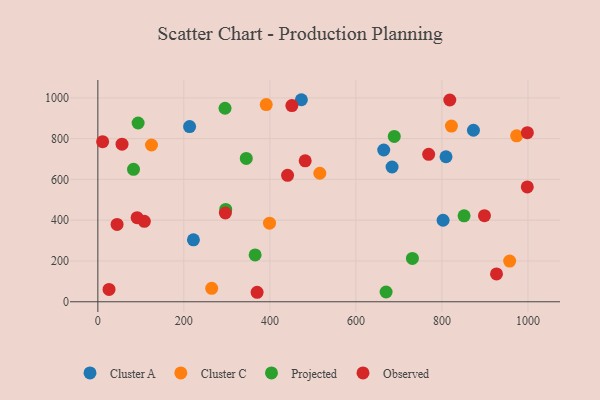
{"axis": {"x": "Engine Size", "y": "Fuel Efficiency"}, "legend": ["Cluster A", "Cluster C", "Observed", "Projected"], "data": [{"x": "664.7", "y": 744.2, "type": "Cluster A"}, {"x": "213.3", "y": 859.2, "type": "Cluster A"}, {"x": "802.7", "y": 399.7, "type": "Cluster A"}, {"x": "473.2", "y": 990.7, "type": "Cluster A"}, {"x": "222.2", "y": 303.8, "type": "Cluster A"}, {"x": "684.1", "y": 660.9, "type": "Cluster A"}, {"x": "809.5", "y": 711.1, "type": "Cluster A"}, {"x": "873.3", "y": 841.1, "type": "Cluster A"}, {"x": "822.1", "y": 861.5, "type": "Cluster C"}, {"x": "391.5", "y": 966.8, "type": "Cluster C"}, {"x": "516.1", "y": 630.1, "type": "Cluster C"}, {"x": "399.1", "y": 385.3, "type": "Cluster C"}, {"x": "957.5", "y": 199.8, "type": "Cluster C"}, {"x": "973.7", "y": 813.6, "type": "Cluster C"}, {"x": "124.7", "y": 768.7, "type": "Cluster C"}, {"x": "264.7", "y": 65.9, "type": "Cluster C"}, {"x": "731.4", "y": 212.8, "type": "Projected"}, {"x": "670.2", "y": 47.9, "type": "Projected"}, {"x": "365.7", "y": 229.8, "type": "Projected"}, {"x": "295.7", "y": 948.8, "type": "Projected"}, {"x": "345.1", "y": 703.1, "type": "Projected"}, {"x": "689.2", "y": 810.9, "type": "Projected"}, {"x": "297.3", "y": 452.6, "type": "Projected"}, {"x": "93.6", "y": 876.5, "type": "Projected"}, {"x": "851.5", "y": 421.3, "type": "Projected"}, {"x": "82.9", "y": 649.3, "type": "Projected"}, {"x": "44.7", "y": 379.5, "type": "Observed"}, {"x": "926.9", "y": 136.7, "type": "Observed"}, {"x": "370.3", "y": 46.6, "type": "Observed"}, {"x": "451.1", "y": 961.8, "type": "Observed"}, {"x": "998.5", "y": 563.2, "type": "Observed"}, {"x": "91.3", "y": 412.6, "type": "Observed"}, {"x": "108.1", "y": 394.6, "type": "Observed"}, {"x": "441.1", "y": 620.1, "type": "Observed"}, {"x": "56.2", "y": 773.0, "type": "Observed"}, {"x": "482.1", "y": 691.0, "type": "Observed"}, {"x": "898.9", "y": 422.0, "type": "Observed"}, {"x": "26.0", "y": 60.4, "type": "Observed"}, {"x": "11.1", "y": 785.2, "type": "Observed"}, {"x": "998.7", "y": 828.9, "type": "Observed"}, {"x": "296.5", "y": 435.4, "type": "Observed"}, {"x": "818.3", "y": 989.3, "type": "Observed"}, {"x": "769.2", "y": 723.1, "type": "Observed"}]}